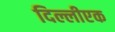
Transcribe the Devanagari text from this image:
दिल्लीएक